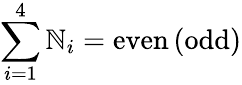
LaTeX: \sum_{i=1}^{4}\mathbb{N}_{i}=\mathrm{{even\, (odd)}}